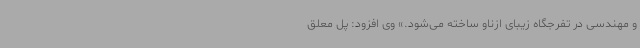
و مهندسی در تفرجگاه زیبای ازناو ساخته می‌شود.» وی افزود: پل معلق